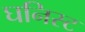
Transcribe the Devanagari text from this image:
घनिस्ट